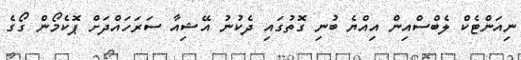
ނިއަންޓެކް ލެބްސްއިން އިއްޔެ ބުނި ގޮތުގައި ދެކުނު އޭޝިއާ ސަރަހައްދަށް ޕޮކެމޯން ގޯގެ